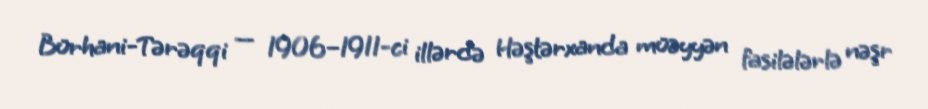
Bürhani-Tərəqqi — 1906–1911-ci illərdə Həştərxanda müəyyən fasilələrlə nəşr